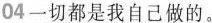
04一切都是我自己做的。